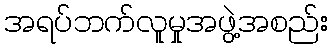
အရပ်ဘက်လူမှုအဖွဲ့အစည်း